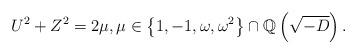
LaTeX: \begin{align*}U^{2}+Z^{2}=2\mu,\mu\in\left\{ 1,-1,\omega,\omega^{2}\right\} \cap\mathbb{Q}\left( \sqrt{-D}\right) .\end{align*}